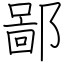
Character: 鄙